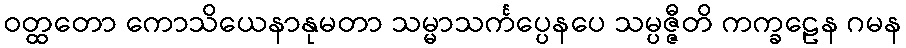
ဝတ္ထတော ကောသိယေနာနုမတာ သမ္မာသင်္ကပ္ပေနပေ သမ္ပဇ္ဇီတိ ကက္ခဠေန ဂမန